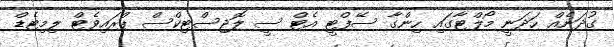
ގުދަނެއް ހަދަނީ މޯލްޓާގައި ހިންގާ ސޭފްޓީ އެޓް ސީ ލޮޖިސްޓިކްސް ޕްރައިވެޓް ލިމިޓެޑް